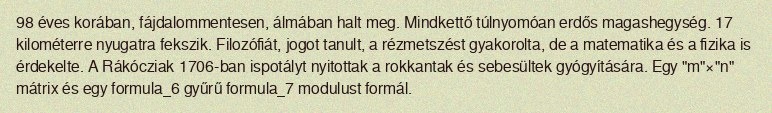
98 éves korában, fájdalommentesen, álmában halt meg. Mindkettő túlnyomóan erdős magashegység. 17 kilométerre nyugatra fekszik. Filozófiát, jogot tanult, a rézmetszést gyakorolta, de a matematika és a fizika is érdekelte. A Rákócziak 1706-ban ispotályt nyitottak a rokkantak és sebesültek gyógyítására. Egy "m"×"n" mátrix és egy formula_6 gyűrű formula_7 modulust formál.